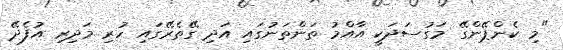
"މި ކެންޕޭންގޭ މަގުސަދަކީ އާއްމު ތަންތަނުގައި އަދި ގޭތެރޭގައި ހުރި މަދިރި އުފެދޭ